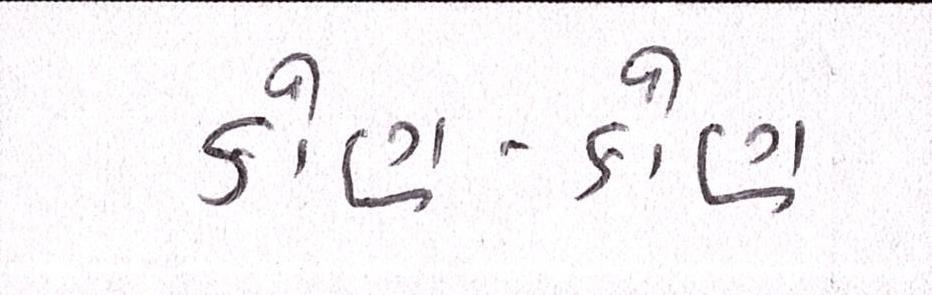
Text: કોણ-કોણ